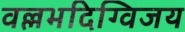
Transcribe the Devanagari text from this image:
वल्लभदिग्विजय